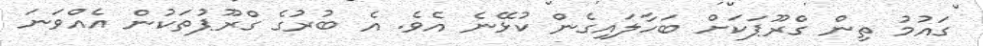
ގައުމު ތިން ގްރޫޕަކަށް ބަހާލައިގެން ކުޅޭނެ އެވެ. އެ ބުރުގެ ގްރޫޕުތަކުން އެއްވަނަ